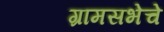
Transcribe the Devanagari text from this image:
ग्रामसभेचे